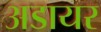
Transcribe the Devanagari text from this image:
अडायर